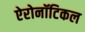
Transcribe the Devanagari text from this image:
ऐरोनॉटिकल